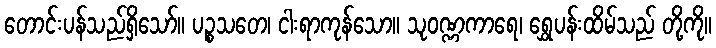
တောင်းပန်သည်ရှိသော်။ ပဉ္စသတေ၊ ငါးရာကုန်သော။ သုဝဏ္ဏကာရေ၊ ရွှေပန်းထိမ်သည် တို့ကို။